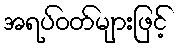
အရပ်ဝတ်များဖြင့်